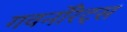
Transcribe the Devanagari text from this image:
गवर्नोरेट्स